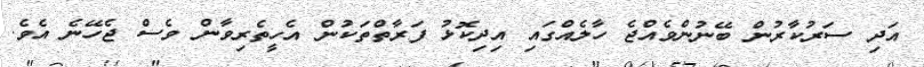
އަދި ސަރުކާރުން ބޭނުންވެއްޖެ ހާލެއްގައި އިދިކޮޅު ފަރާތްތަކުން އެހީތެރިވާން ވެސް ޖެހޭނެ އެވެ.